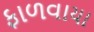
ફાળવાયા